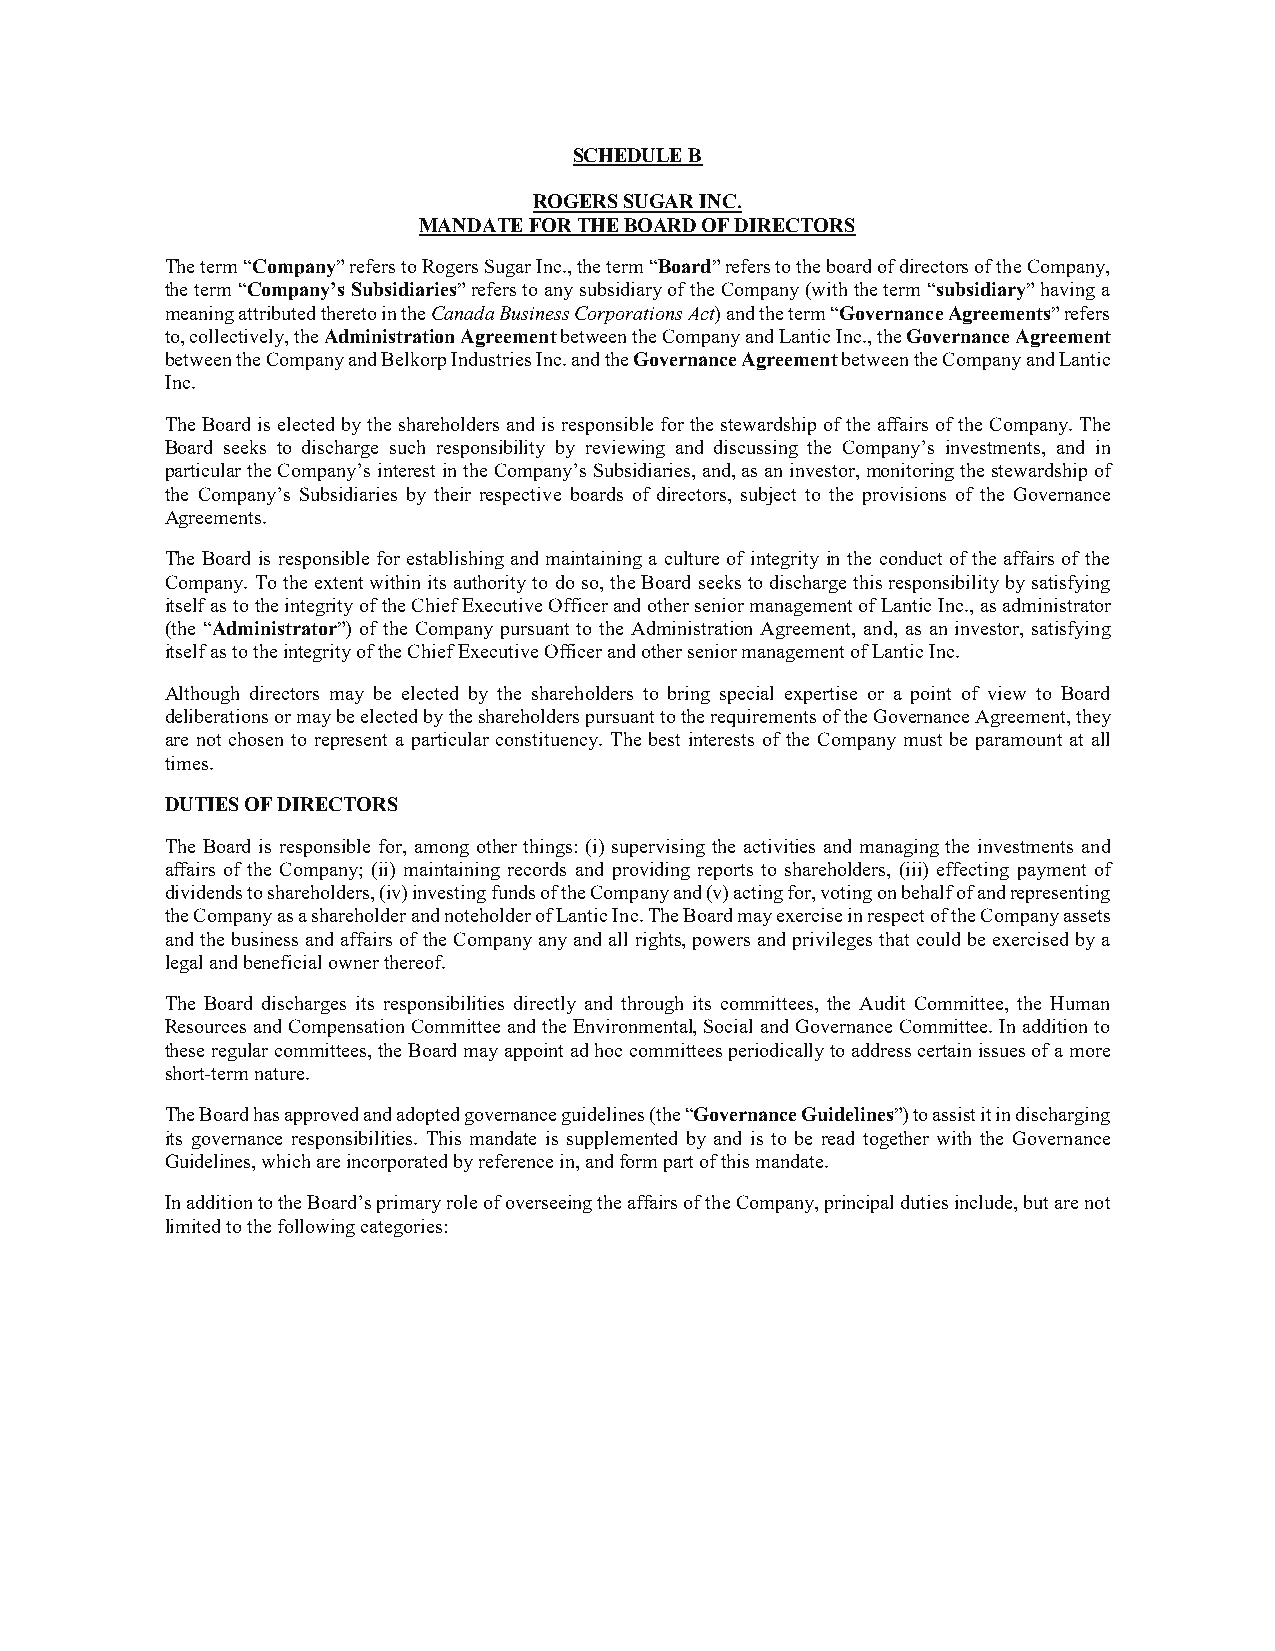
SCHEDULE B
 ROGERS SUGAR INC.
 MANDATE FOR THE BOARD OF DIRECTORS
 The term “Company” refers to Rogers Sugar Inc., the term “Board” refers to the board of directors of the Company,
 the term “Company’s Subsidiaries” refers to any subsidiary of the Company (with the term “subsidiary” having a
 meaning attributed thereto in the Canada Business Corporations Act) and the term “Governance Agreements” refers
 to, collectively, the Administration Agreement between the Company and Lantic Inc., the Governance Agreement
 between the Company and Belkorp Industries Inc. and the Governance Agreement between the Company and Lantic
 Inc.
 The Board is elected by the shareholders and is responsible for the stewardship of the affairs of the Company. The
 Board seeks to discharge such responsibility by reviewing and discussing the Company’s investments, and in
 particular the Company’s interest in the Company’s Subsidiaries, and, as an investor, monitoring the stewardship of
 the Company’s Subsidiaries by their respective boards of directors, subject to the provisions of the Governance
 Agreements.
 The Board is responsible for establishing and maintaining a culture of integrity in the conduct of the affairs of the
 Company. To the extent within its authority to do so, the Board seeks to discharge this responsibility by satisfying
 itself as to the integrity of the Chief Executive Officer and other senior management of Lantic Inc., as administrator
 (the “Administrator”) of the Company pursuant to the Administration Agreement, and, as an investor, satisfying
 itself as to the integrity of the Chief Executive Officer and other senior management of Lantic Inc.
 Although directors may be elected by the shareholders to bring special expertise or a point of view to Board
 deliberations or may be elected by the shareholders pursuant to the requirements of the Governance Agreement, they
 are not chosen to represent a particular constituency. The best interests of the Company must be paramount at all
 times.
 DUTIES OF DIRECTORS
 The Board is responsible for, among other things: (i) supervising the activities and managing the investments and
 affairs of the Company; (ii) maintaining records and providing reports to shareholders, (iii) effecting payment of
 dividends to shareholders, (iv) investing funds of the Company and (v) acting for, voting on behalf of and representing
 the Company as a shareholder and noteholder of Lantic Inc. The Board may exercise in respect of the Company assets
 and the business and affairs of the Company any and all rights, powers and privileges that could be exercised by a
 legal and beneficial owner thereof.
 The Board discharges its responsibilities directly and through its committees, the Audit Committee, the Human
 Resources and Compensation Committee and the Environmental, Social and Governance Committee. In addition to
 these regular committees, the Board may appoint ad hoc committees periodically to address certain issues of a more
 short-term nature.
 The Board has approved and adopted governance guidelines (the “Governance Guidelines”) to assist it in discharging
 its governance responsibilities. This mandate is supplemented by and is to be read together with the Governance
 Guidelines, which are incorporated by reference in, and form part of this mandate.
 In addition to the Board’s primary role of overseeing the affairs of the Company, principal duties include, but are not
 limited to the following categories: